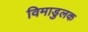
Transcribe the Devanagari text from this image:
विमाडुलक